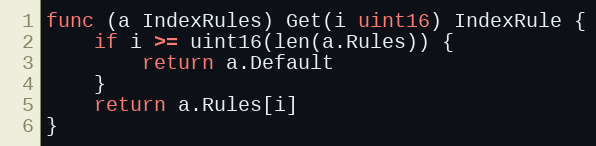
Language: Go
func (a IndexRules) Get(i uint16) IndexRule {
	if i >= uint16(len(a.Rules)) {
		return a.Default
	}
	return a.Rules[i]
}